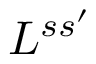
L ^ { s s ^ { \prime } }